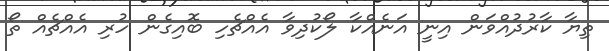
ތިޔާ ކާރުދުއްވަން އިނީ އަނެއްކާ ލޯކުދިވާ އެއްޗެހި ބޮއިގެން ހުރި އެއްޗެެއް ތޯ